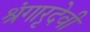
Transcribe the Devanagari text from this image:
श्रृंगारदेवी